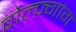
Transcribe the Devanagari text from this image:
वोल्फ़्गांग